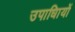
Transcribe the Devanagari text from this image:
उपाधिायों